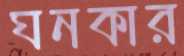
ঘনকার